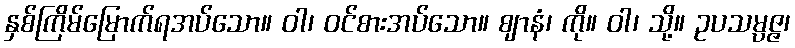
နှစ်ကြိမ်မြောက်ရအပ်သော။ ဝါ၊ ဝင်စားအပ်သော။ ဈာနံ၊ ကို။ ဝါ၊ သို့။ ဥပသမ္ပဇ္ဇ၊